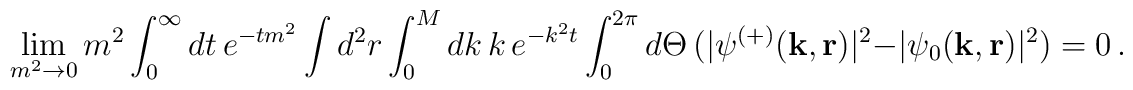
\lim_{m^2 \to 0}m^2\int_0^{\infty}dt\,e^{-t m^2}\int d^2 r\int_0^M dk\,k \,e^{-k^2 t}\int_0^{2 \pi}d \Theta\,( | \psi^{(+)}({\bf k, r})|^2 -  |\psi_0({\bf k, r})|^2 )= 0\,.